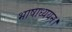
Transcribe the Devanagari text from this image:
भाषाध्ययन।